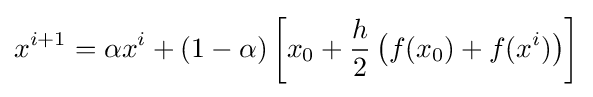
x^{i+1}=\alpha x^{i}+(1-\alpha )\left[x_{0}+{\frac {h}{2}}\left(f(x_{0})+f(x^{i})\right)\right]